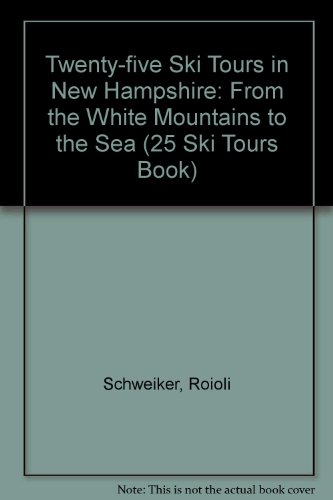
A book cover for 25 Ski Tours in New Hampshire: From the White Mountains to the Sea (25 Ski Tours Book); Roioli Schweiker; Travel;